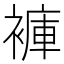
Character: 褲